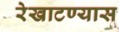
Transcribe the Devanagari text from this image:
रेखाटण्यास